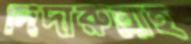
দিদারুল্লাহ